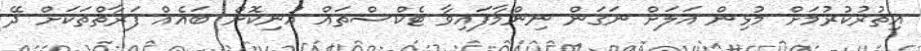
އިތުރުކުރުމަށް މުޅިން އަލަށް ނަގަން ނިންމާފައިވާ ޓެކްސްތައް އުނިކޮށް ބައެއް ފަރާތްތަކަށް ދޭ